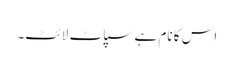
اس کا نام ہے سپاٹ لائٹ۔